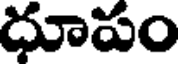
ధూపం